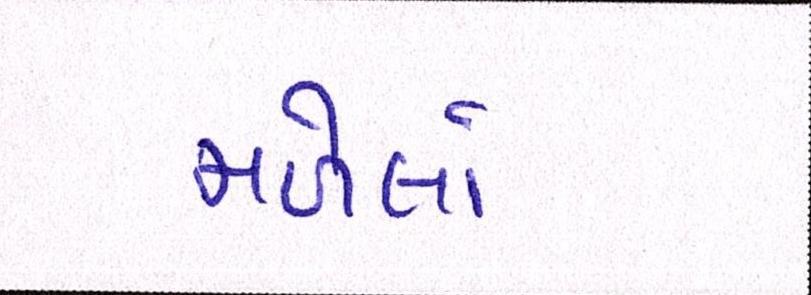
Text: મળેલાં